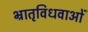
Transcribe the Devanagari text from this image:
भ्रातृविधवाओं